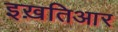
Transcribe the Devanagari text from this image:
इख़तिआर